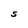
Character: S